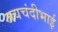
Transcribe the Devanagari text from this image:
जयचंदीभाई